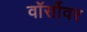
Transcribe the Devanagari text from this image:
वॉर्सोवर